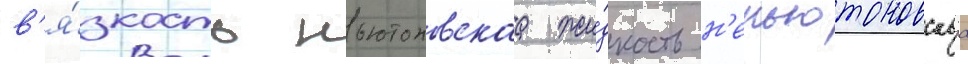
в'я́зкость ньютоновскаа жи́дкость н'еньютоновскаа